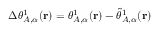
\Delta \theta _ { A , \alpha } ^ { 1 } ( \mathbf { r } ) = \theta _ { A , \alpha } ^ { 1 } ( \mathbf { r } ) - \tilde { \theta } _ { A , \alpha } ^ { 1 } ( \mathbf { r } )